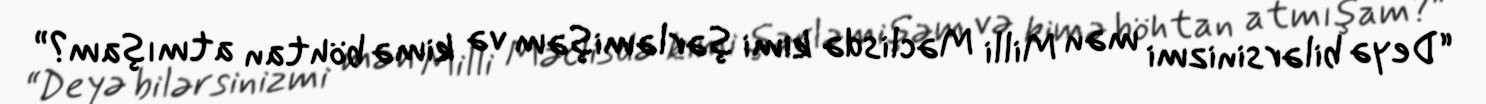
“Deyə bilərsinizmi mən Milli Məclisdə kimi şərləmişəm və kimə böhtan atmışam?”